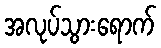
အလုပ်သွားရောက်